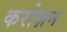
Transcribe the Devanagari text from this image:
करोज़न